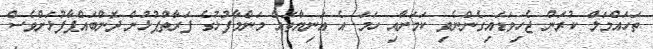
ތަހައްމަލް ކުރަން ޖެހިވަޑައިގެންނެވި ކަމަށާއި ހަމަ އެ އަނިޔާތައް މަންމާފުޅުގެ ފަރާތްޕުޅުން ދޮންބައްޕާފުޅަށްވެސް